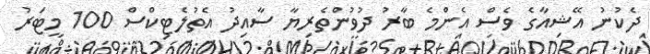
ދެކުނު އޭޝިއާގެ ވެސް އެންމެ ބާރު ދުވުންތެރިޔާ ސާއިދު އެތުލެޓިކްސް 100 މީޓަރު